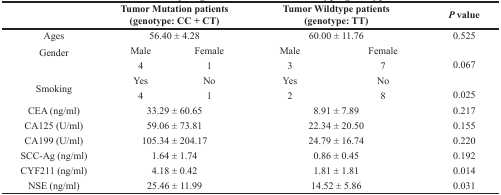
|  | <COLSPAN=2> Tumor Mutation patients (genotype: CC + CT) | <COLSPAN=2> Tumor Wildtype patients (genotype: TT) | P value |
 | --- | --- | --- | --- | --- | --- |
 | Ages | <COLSPAN=2> 56.40 ± 4.28 | <COLSPAN=2> 60.00 ± 11.76 | 0.525 |
 | <ROWSPAN=2> Gender | Male | Female | Male | Female | <ROWSPAN=2> 0.067 |
 | 4 | 1 | 3 | 7 |
 | <ROWSPAN=2> Smoking | Yes | No | Yes | No | <ROWSPAN=2> 0.025 |
 | 4 | 1 | 2 | 8 |
 | CEA (ng/ml) | <COLSPAN=2> 33.29 ± 60.65 | <COLSPAN=2> 8.91 ± 7.89 | 0.217 |
 | CA125 (U/ml) | <COLSPAN=2> 59.06 ± 73.81 | <COLSPAN=2> 22.34 ± 20.50 | 0.155 |
 | CA199 (U/ml) | <COLSPAN=2> 105.34 ± 204.17 | <COLSPAN=2> 24.79 ± 16.74 | 0.220 |
 | SCC-Ag (ng/ml) | <COLSPAN=2> 1.64 ± 1.74 | <COLSPAN=2> 0.86 ± 0.45 | 0.192 |
 | CYF211 (ng/ml) | <COLSPAN=2> 4.18 ± 0.42 | <COLSPAN=2> 1.81 ± 1.81 | 0.014 |
 | NSE (ng/ml) | <COLSPAN=2> 25.46 ± 11.99 | <COLSPAN=2> 14.52 ± 5.86 | 0.031 |